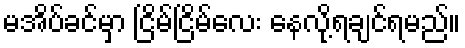
မအိပ်ခင်မှာ ငြိမ်ငြိမ်လေး နေလို့ရချင်ရမည်။